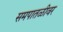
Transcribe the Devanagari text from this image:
समपातळीवर